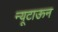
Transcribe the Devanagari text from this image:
न्यूटाऊन